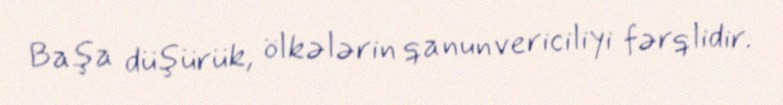
Başa düşürük, ölkələrin qanunvericiliyi fərqlidir.